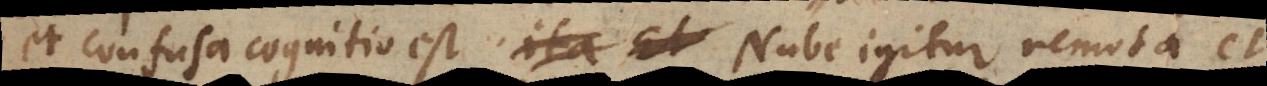
et confusa cognitio est. Nube igitur remota et